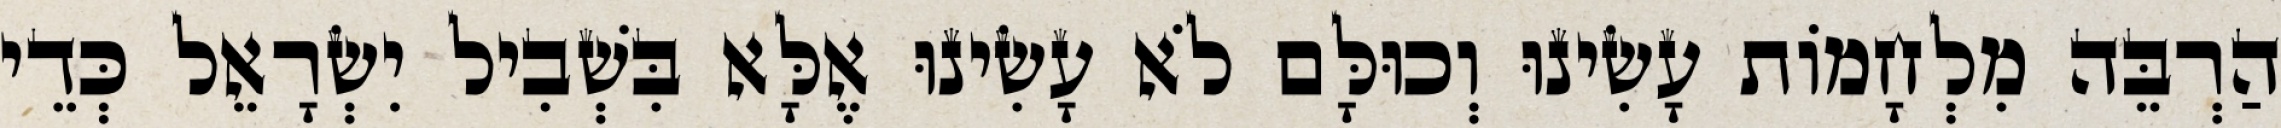
הַרְבֵּה מִלְחָמוֹת עָשִׂינוּ וְכוּלָּם לֹא עָשִׂינוּ אֶלָּא בִּשְׁבִיל יִשְׂרָאֵל כְּדֵי